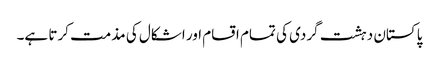
پاکستان دہشت گردی کی تمام اقسام اور اشکال کی مذمت کرتا ہے۔